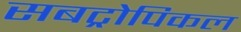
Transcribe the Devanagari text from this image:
सबट्रोपिकल